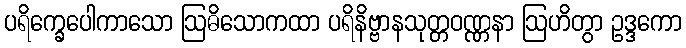
ပရိက္ခေပေါကာသော ဩဓိသောကထာ ပရိနိဗ္ဗာနသုတ္တဝဏ္ဏနာ ဩဟိတွာ ဥဒ္ဒကော